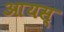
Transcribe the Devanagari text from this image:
आयस्